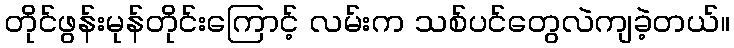
တိုင်ဖွန်းမုန်တိုင်းကြောင့် လမ်းက သစ်ပင်တွေလဲကျခဲ့တယ်။